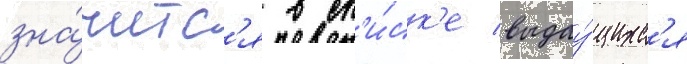
зна́читс'я в сп'и́ск'е выдау́щихс'я